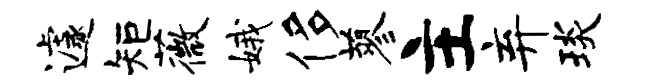
遽矩薇娥侈蓼主弃琰